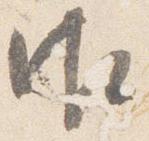
御